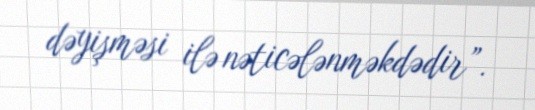
dəyişməsi ilə nəticələnməkdədir”.